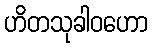
ဟိတသုခါဝဟော